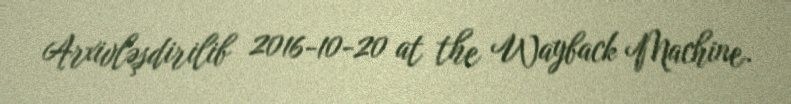
Arxivləşdirilib 2016-10-20 at the Wayback Machine.